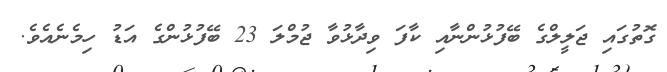
ގޮތުގައި ޖަލީލްގެ ބޭފުޅުންނާއި ކާފަ ވިދާޅުވާ ޖުމްލަ 23 ބޭފުޅުންގެ އަޑު ހިމެނެއެވެ.